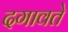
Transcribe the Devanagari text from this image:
दगावते